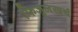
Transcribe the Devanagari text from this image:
फिजूलखर्च